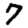
Digit: 7